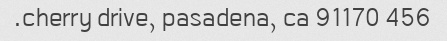
456 cherry drive, pasadena, ca 91170.